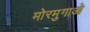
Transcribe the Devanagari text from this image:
मोरमुगाओ